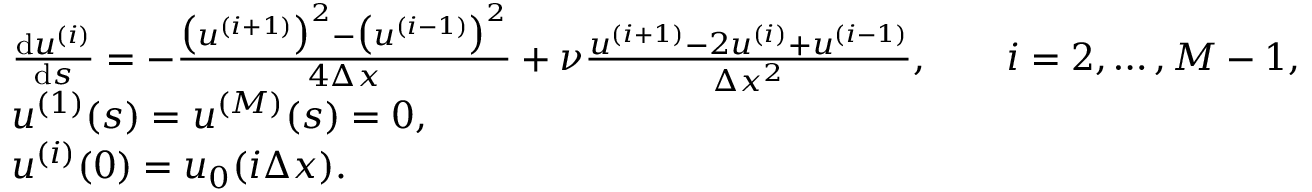
\begin{array} { r l } & { \frac { \mathrm { d } u ^ { ( i ) } } { \mathrm { d } s } = - \frac { \big ( u ^ { ( i + 1 ) } \big ) ^ { 2 } - \big ( u ^ { ( i - 1 ) } \big ) ^ { 2 } } { 4 \Delta x } + \nu \frac { u ^ { ( i + 1 ) } - 2 u ^ { ( i ) } + u ^ { ( i - 1 ) } } { \Delta x ^ { 2 } } , \quad \quad i = 2 , \dots , M - 1 , } \\ & { u ^ { ( 1 ) } ( s ) = u ^ { ( M ) } ( s ) = 0 , } \\ & { u ^ { ( i ) } ( 0 ) = u _ { 0 } ( i \Delta x ) . } \end{array}